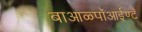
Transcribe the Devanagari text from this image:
बाआळ्पॉआईण्टॅ